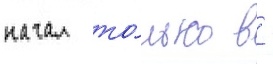
начал то́лько в -